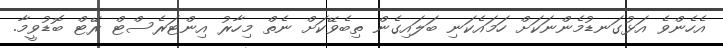
އެހެންވެ އަޅުގަނޑުމެންނަކަށް ހަމައެކަނި ބަލައިގެން ތިބެވޭކަށް ނެތް މިހާރު އިންޓަރެސްޓް ރޭޓް ބޮޑުވީމާ.